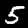
Label: 5